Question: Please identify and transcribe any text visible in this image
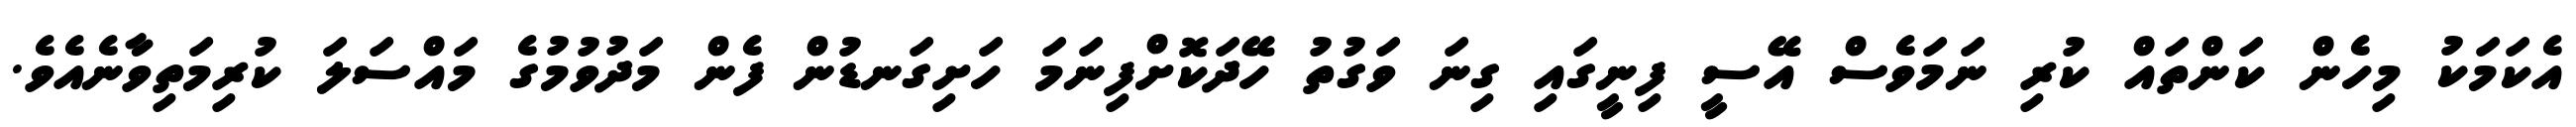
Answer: އެކަމަކު މިހެން ކަންތައް ކުރި ނަމަވެސް އޭސީ ފިނީގައި ގިނަ ވަގުތު ހޭދަކޮށްފިނަމަ ހަށިގަނޑުން ފެން މަދުވުމުގެ މައްސަލަ ކުރިމަތިވާނެއެވެ.